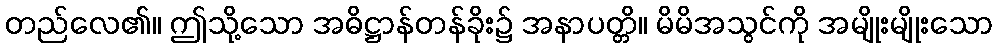
တည်လေ၏။ ဤသို့သော အဓိဋ္ဌာန်တန်ခိုး၌ အနာပတ္တိ။ မိမိအသွင်ကို အမျိုးမျိုးသော